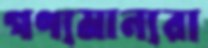
গণ্যমান্যরা